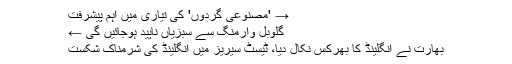
→ 'مصنوعی گردوں' کی تیاری میں اہم پیشرفت
گلوبل وارمنگ سے سبزیاں ناپید ہوجائیں گی ←
بھارت نے انگلینڈ کا بھرکس نکال دیا، ٹیسٹ سیریز میں انگلینڈ کی شرمناک شکست